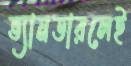
ভ্যানডারলেই